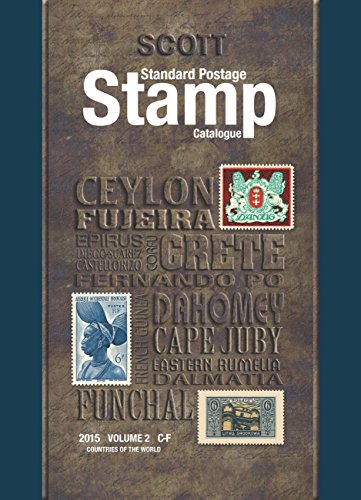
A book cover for Scott Standard Postage Stamp Catalogue 2015: Countries of the World C-F (Scott Standard Postage Stamp Catalogue Vol 2 Countries C-F); Charles Snee; Crafts, Hobbies & Home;